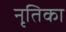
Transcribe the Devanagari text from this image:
नृतिका